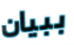
ببيان